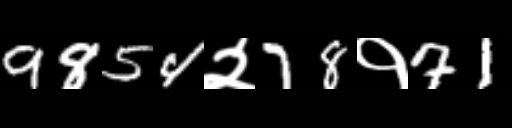
Text: 9854२78१71